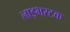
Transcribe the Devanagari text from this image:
लाइभस्टक